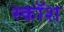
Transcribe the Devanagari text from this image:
स्कॉश